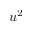
u ^ { 2 }